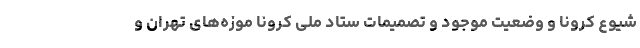
شیوع کرونا و وضعیت موجود و تصمیمات ستاد ملی کرونا موزه‌های تهران و